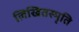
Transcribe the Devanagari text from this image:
लिखितस्मृति